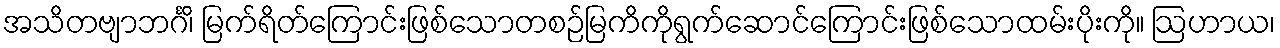
အသိတဗျာဘင်္ဂိ၊ မြက်ရိတ်ကြောင်းဖြစ်သောတစဉ်မြကိကိုရွက်ဆောင်ကြောင်းဖြစ်သောထမ်းပိုးကို။ ဩဟာယ၊